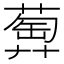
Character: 𦻦